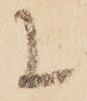
に